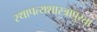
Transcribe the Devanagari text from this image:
स्थापत्यशास्त्रापुरता